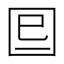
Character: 𡇆